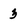
Character: 3